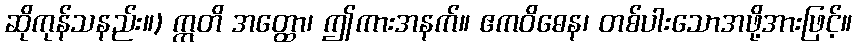
ဆိုကုန်သနည်း။) ဣတိ အတ္ထော၊ ဤကားအနက်။ ဧကဝိဓေန၊ တစ်ပါးသောအဖို့အားဖြင့်။